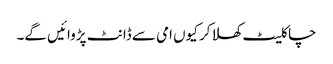
چاکلیٹ کھلا کر کیوں امی سے ڈانٹ پڑوائیں گے۔